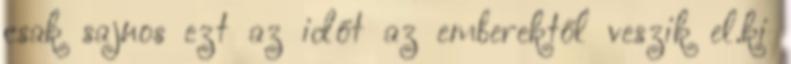
csak sajnos ezt az időt az emberektől veszik el.ki